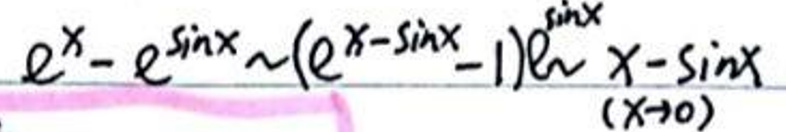
\[
e^x - e^{\sin x} \sim (e^{x-\sin x}-1)e^{\sin x} \quad (x \to 0)
\]